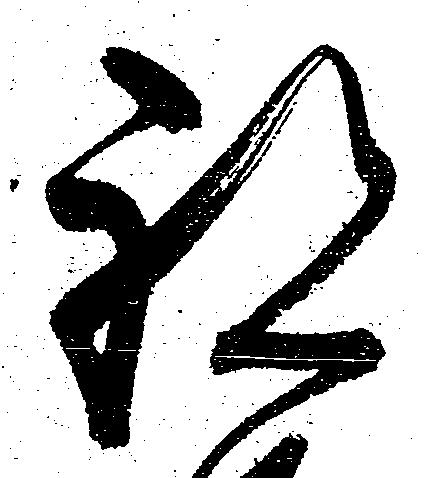
祝